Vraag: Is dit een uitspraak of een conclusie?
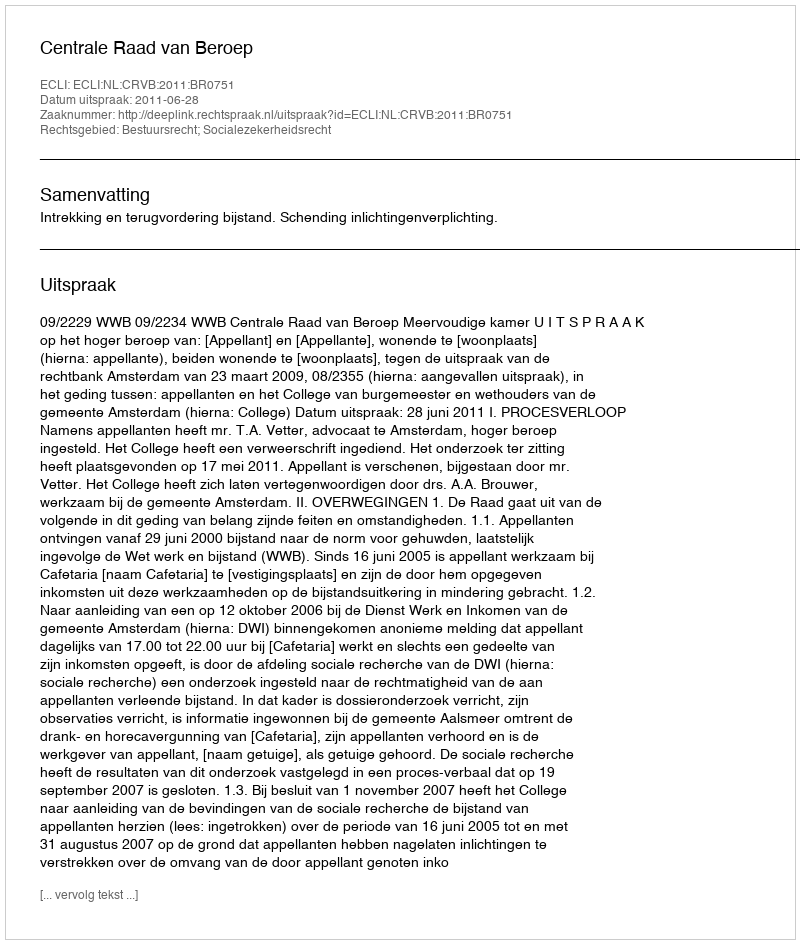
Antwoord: Uitspraak